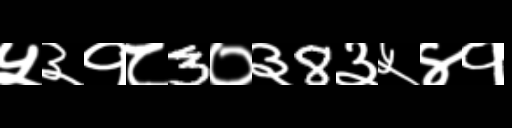
Text: ५३१८3०३8३५४१